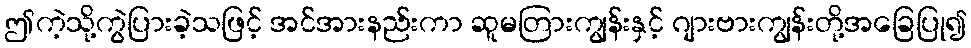
ဤကဲ့သို့ကွဲပြားခဲ့သဖြင့် အင်အားနည်းကာ ဆူမတြားကျွန်းနှင့် ဂျားဗားကျွန်းတို့အခြေပြု၍